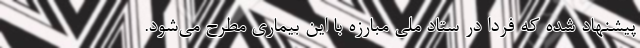
پیشنهاد شده که فردا در ستاد ملی مبارزه با این بیماری مطرح می‌شود.